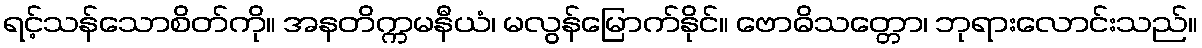
ရင့်သန်သောစိတ်ကို။ အနတိက္ကမနီယံ၊ မလွန်မြောက်နိုင်။ ဗောဓိသတ္တော၊ ဘုရားလောင်းသည်။